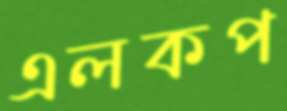
এলকপ